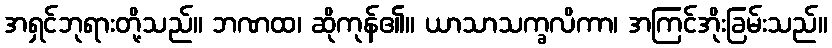
အရှင်ဘုရားတို့သည်။ ဘဏထ၊ ဆိုကုန်၏။ ယာသာသက္ခလိကာ၊ အကြင်အိုးခြမ်းသည်။